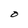
Character: O